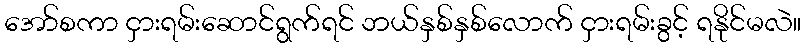
အော်စကာ ငှားရမ်းဆောင်ရွက်ရင် ဘယ်နှစ်နှစ်လောက် ငှားရမ်းခွင့် ရနိုင်မလဲ။